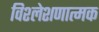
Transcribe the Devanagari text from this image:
विश्लेशणात्मक